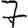
Digit: 7